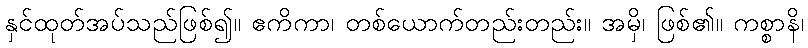
နှင်ထုတ်အပ်သည်ဖြစ်၍။ ဧကိကာ၊ တစ်ယောက်တည်းတည်း။ အမှိ၊ ဖြစ်၏။ ကစ္စာနိ၊